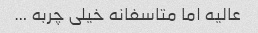
عالیه اما متاسفانه خیلی چربه …